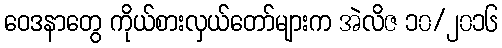
ဝေဒနာတွေ ကိုယ်စားလှယ်တော်များက အဲလိဇ ၁၀/၂၀၁၆